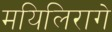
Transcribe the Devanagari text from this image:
मयिलिरागे